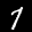
Label: 7